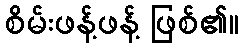
စိမ်းဖန့်ဖန့် ဖြစ်၏။